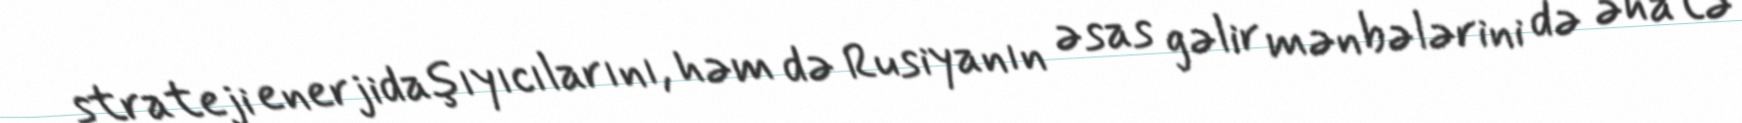
strateji enerjidaşıyıcılarını, həm də Rusiyanın əsas gəlir mənbələrini də əhatə